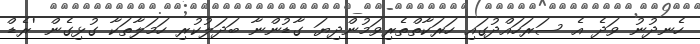
ހެނދުނު ވަދެ އެ ސަރަހައްދުގައި ހަރަކާތްތެރިވަމުންދިޔަ ގާޑުންނާ ބަދަލުކުރި ހަމަލާތަކާ ގުޅިގެން 'ރެޑް